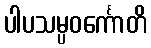
ပါပသမ္ပဝင်္ကောတိ